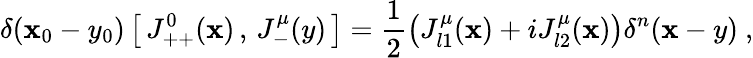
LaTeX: \delta(\mathbf{x}_{0}-y_{0})\left[\, J_{++}^{0}(\mathbf{x})\, ,\, J_{-}^{\mu}(y)\, \right]=\frac{{1}}{{2}}\left(J_{l1}^{\mu}(\mathbf{x})+iJ_{l2}^{\mu}(\mathbf{x})\right)\delta^{n}(\mathbf{x}-y)\ ,